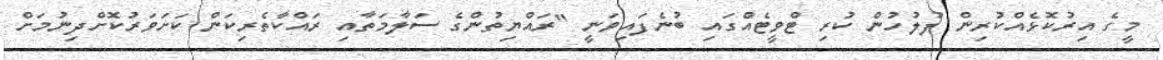
މީގެ އިރުކޮޅެއްކުރިން ފުލުހުން ކުރި ޓްވީޓެއްގައި ބުނެފައިވަނީ "ރައްޔިތުންގެ ސަލާމަތާއި ރައްކާތެރިކަން ކަށަވަރުކޮށްދިނުމަށް